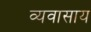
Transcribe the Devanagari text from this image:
व्यवासाय